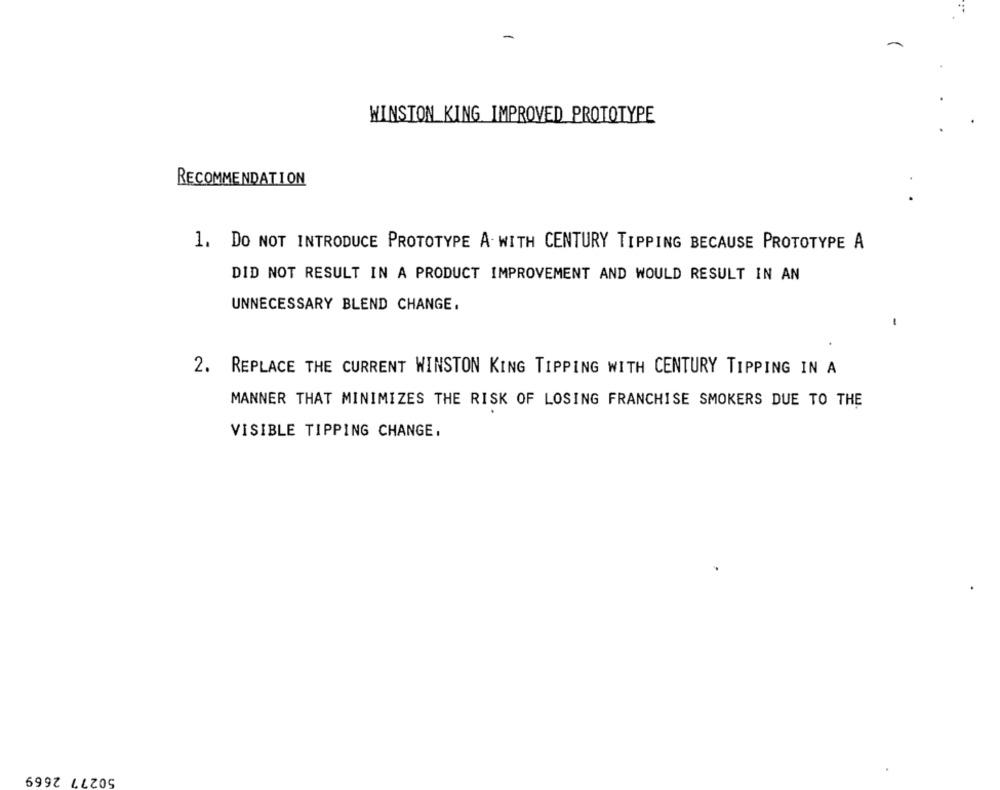
WINSTON KING IMPROVED PROTOTYPE
RECOMMENDATION
1. DO NOT INTRODUCE PROTOTYPE A-WITH CENTURY TIPPING BECAUSE PROTOTYPE A
DID NOT RESULT IN A PRODUCT IMPROVEMENT AND WOULD RESULT IN AN
UNNECESSARY BLEND CHANGE.
2. REPLACE THE CURRENT WINSTON KING TIPPING WITH CENTURY TIPPING IN A
MANNER THAT MINIMIZES THE RISK OF LOSING FRANCHISE SMOKERS DUE TO THE
VISIBLE TIPPING CHANGE,
50277 2669